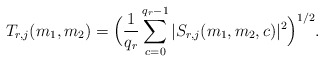
\begin{align*} T_{r,j}(m_1,m_2)= \Big(\frac{ 1}{q_r} \sum_{c=0}^{{q_r}-1} | S_{r,j}(m_1,m_2,c)|^2 \Big)^{1/2}.\end{align*}